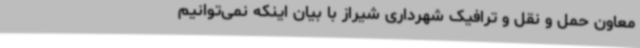
معاون حمل ‌و نقل ‌و ترافیک شهرداری شیراز با بیان اینکه نمی‌توانیم